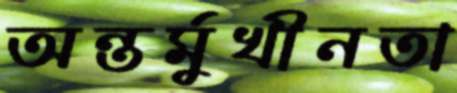
অন্তর্মুখীনতা